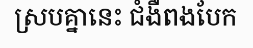
ស្របគ្នានេះ ជំងឺពងបែក